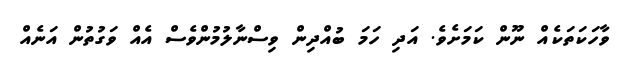
ވާހަކަތަކެއް ނޫން ކަމަށެވެ. އަދި ހަމަ ބުއްދިން ވިސްނާލުމުންވެސް އެއް ވަގުތުން އަނެއް